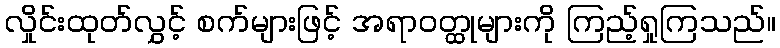
လှိုင်းထုတ်လွှင့် စက်များဖြင့် အရာဝတ္ထုများကို ကြည့်ရှုကြသည်။